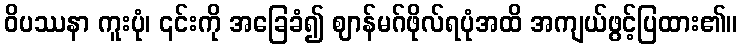
ဝိပဿနာ ကူးပုံ၊ ၎င်းကို အခြေခံ၍ ဈာန်မဂ်ဖိုလ်ရပုံအထိ အကျယ်ဖွင့်ပြထား၏။